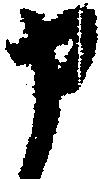
申